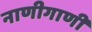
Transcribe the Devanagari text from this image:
नाणीगाणी